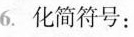
6.化简符号：